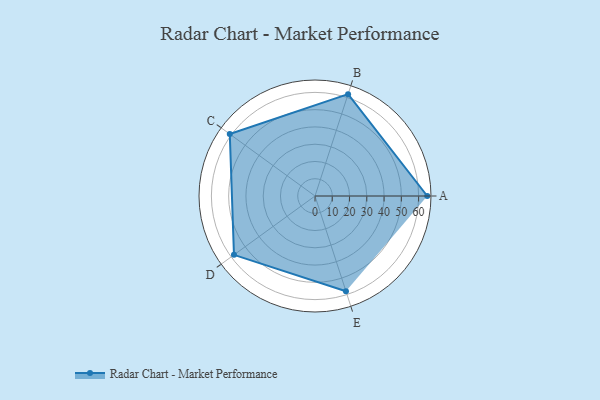
{"axis": {"x": "Skill", "y": "Score"}, "legend": ["Profile"], "data": [{"x": "A", "y": 65.0, "type": "Profile"}, {"x": "B", "y": 62.0, "type": "Profile"}, {"x": "C", "y": 61.0, "type": "Profile"}, {"x": "D", "y": 58.0, "type": "Profile"}, {"x": "E", "y": 58.0, "type": "Profile"}]}